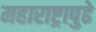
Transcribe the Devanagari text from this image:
महाराष्ट्रापुढे